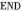
END